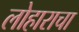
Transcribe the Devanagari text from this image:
लोहाराचा